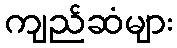
ကျည်ဆံများ